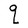
Character: q